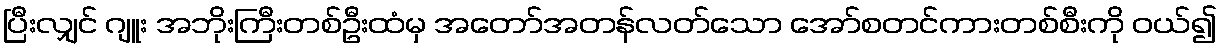
ပြီးလျှင် ဂျူး အဘိုးကြီးတစ်ဦးထံမှ အတော်အတန်လတ်သော အော်စတင်ကားတစ်စီးကို ဝယ်၍